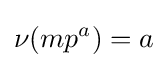
\nu (mp^{a})=a